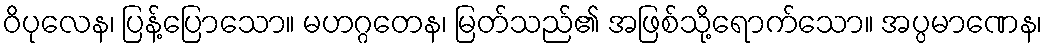
ဝိပုလေန၊ ပြန့်ပြောသော။ မဟဂ္ဂတေန၊ မြတ်သည်၏ အဖြစ်သို့ရောက်သော။ အပ္ပမာဏေန၊